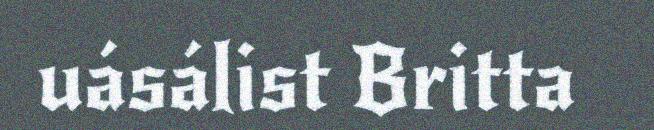
uásálist Britta